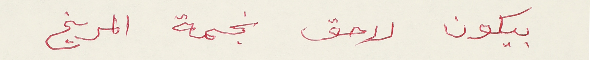
بيكون لاحق نجمة المريخ